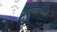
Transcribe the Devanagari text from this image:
उपचारकर्ता